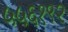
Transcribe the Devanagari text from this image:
५५६१९२